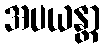
အပယန္တာ